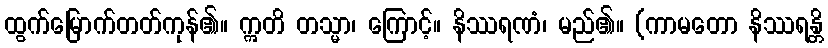
ထွက်မြောက်တတ်ကုန်၏။ ဣတိ တသ္မာ၊ ကြောင့်။ နိဿရဏံ၊ မည်၏။ (ကာမတော နိဿရန္တိ